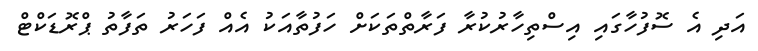
އަދި އެ ސޮފުހާގައި އިސްތިހާރުކުރާ ފަރާތްތަކަށް ހަފުތާއަކު އެއް ފަހަރު ތަފާތު ޕްރޮޑަކްޓް